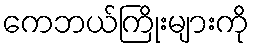
ကေဘယ်ကြိုးများကို